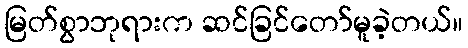
မြတ်စွာဘုရားက ဆင်ခြင်တော်မူခဲ့တယ်။